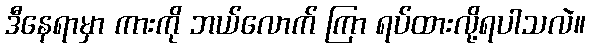
ဒီနေရာမှာ ကားကို ဘယ်လောက် ကြာ ရပ်ထားလို့ရပါသလဲ။